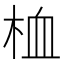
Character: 桖